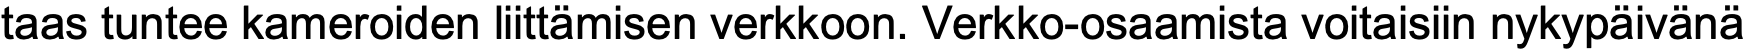
taas tuntee kameroiden liittämisen verkkoon. Verkko-osaamista voitaisiin nykypäivänä